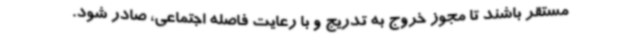
مستقر باشند تا مجوز خروج به تدریج و با رعایت فاصله اجتماعی، صادر شود.